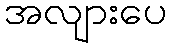
အလျားပေ